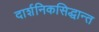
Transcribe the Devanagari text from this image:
दार्शनिकसिद्धान्त